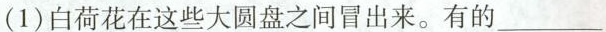
(1)白荷花在这些大圆盘之间冒出来。有的___。